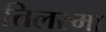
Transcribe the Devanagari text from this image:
तिलस्मा